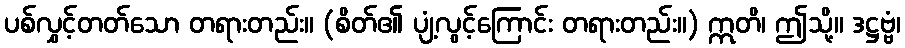
ပစ်လွှင့်တတ်သော တရားတည်း။ (စိတ်၏ ပျံ့လွင့်ကြောင်း တရားတည်း။) ဣတိ၊ ဤသို့။ ဒဋ္ဌဗ္ဗံ၊